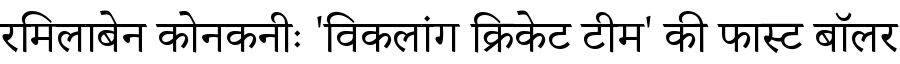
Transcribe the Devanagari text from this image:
रमिलाबेन कोनकनीः 'विकलांग क्रिकेट टीम' की फास्ट बॉलर